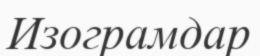
Изограмдар